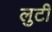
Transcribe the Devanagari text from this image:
लुटी